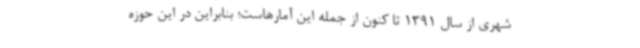
شهری از سال 1391 تا کنون از جمله این آمارهاست؛ بنابراین در این حوزه